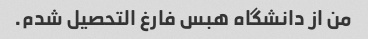
من از دانشگاه هبس فارغ التحصیل شدم.